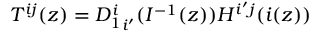
T ^ { i j } ( z ) = { D _ { 1 } ^ { i } } _ { i ^ { \prime } } ( I ^ { - 1 } ( z ) ) H ^ { i ^ { \prime } j } ( i ( z ) )